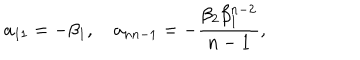
LaTeX: a _ { 1 1 } = - \beta _ { 1 } , \quad a _ { n n - 1 } = - \frac { \beta _ { 2 } \beta _ { 1 } ^ { n - 2 } } { n - 1 } ,